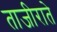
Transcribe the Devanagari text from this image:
ताजीराते